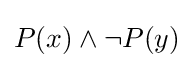
P(x)\land \neg P(y)